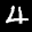
Label: 4